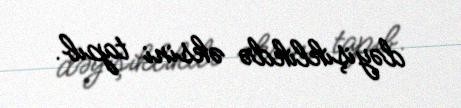
dəyişiklikdə əksini tapıb.